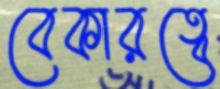
বেকারত্বে